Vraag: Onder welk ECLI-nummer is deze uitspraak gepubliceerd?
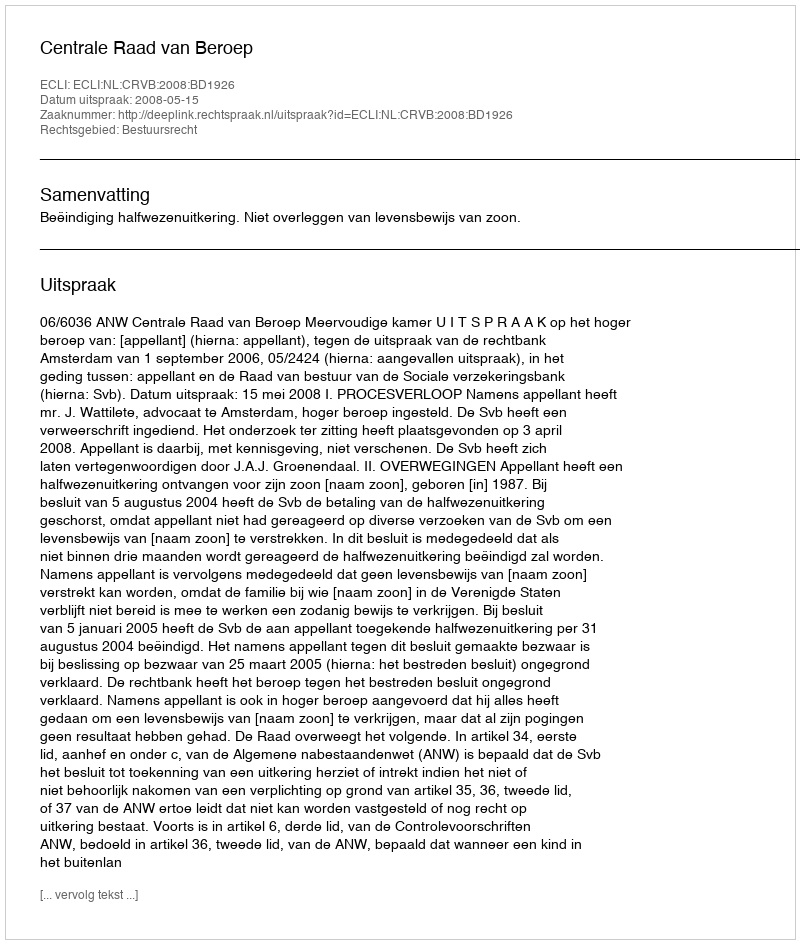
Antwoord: ECLI:NL:CRVB:2008:BD1926